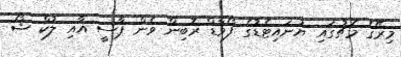
މިރޭގެ މެޗުގައި ޔުނައިޓެޑުގެ ފޯވާޑް ރޮބިން ވެން ޕާސީ އާއި ލުކް ޝޯ